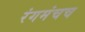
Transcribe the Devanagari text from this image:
रंगमंचच